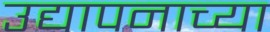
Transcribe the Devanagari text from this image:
उद्यापनाच्या